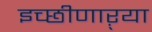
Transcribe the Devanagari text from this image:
इच्छीणाऱ्या